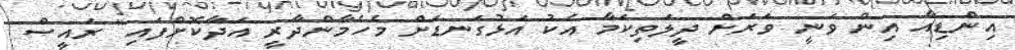
އިންޑިއާ އިން ވަނީ ވަރަށް ދީލަތިކަމާ އެކު އަޅުގަނޑަށް މެހެމާންދާރީ އަދާކޮށްފައި" ރައީސް